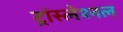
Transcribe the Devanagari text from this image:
ट्रांस्लेश्नल